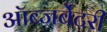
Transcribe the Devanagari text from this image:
ऑब्जर्बेटरी